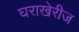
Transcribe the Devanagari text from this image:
घराखेरीज